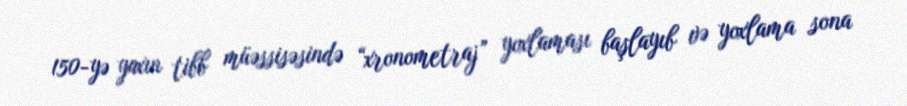
150-yə yaxın tibb müəssisəsində “xronometraj” yoxlaması başlayıb və yoxlama sona